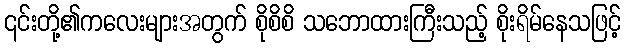
၎င်းတို့၏ကလေးများအတွက် စိုစိစိ သဘောထားကြီးသည့် စိုးရိမ်နေသဖြင့်